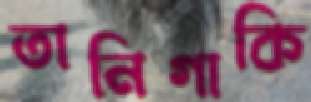
তানিগাকি